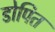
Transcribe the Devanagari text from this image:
डोपित